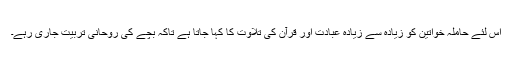
اس لئے حاملہ خواتین کو زیادہ سے زیادہ عبادت اور قرآن کی تلاوت کا کہا جاتا ہے تاکہ بچے کی روحانی تربیت جاری رہے۔